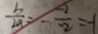
\frac { b } { 2 a } = - \frac { - 2 } { - 2 } = - 1